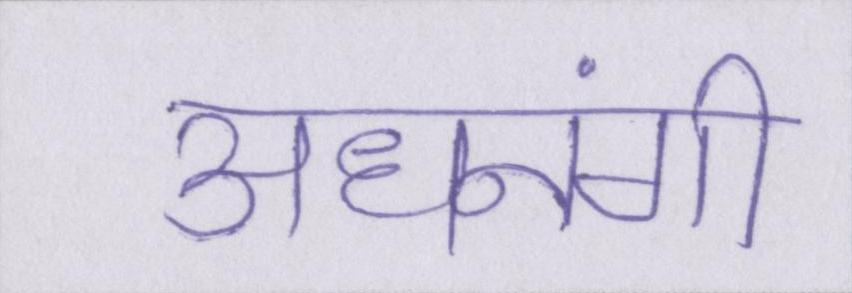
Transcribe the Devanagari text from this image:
अधनंगी